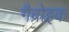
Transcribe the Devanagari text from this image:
गैब्रोइक